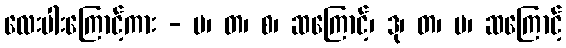
လေးပါးကြောင့်ကား - ပ၊ တ၊ စ၊ ဆကြောင့်၊ ဒု၊ တ၊ မ၊ ဆကြောင့်